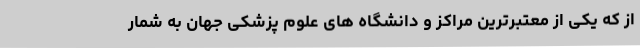
از که یکی از معتبرترین مراکز و دانشگاه های علوم پزشکی جهان به شمار